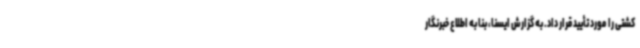
کشتی را مورد تأیید قرار داد. به گزارش ایسنا، بنا به اطلاع خبرنگار